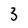
Character: 3